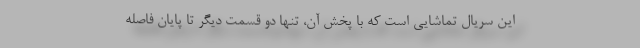
این سریال تماشایی است که با پخش آن، تنها دو قسمت دیگر تا پایان فاصله